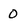
Character: 0